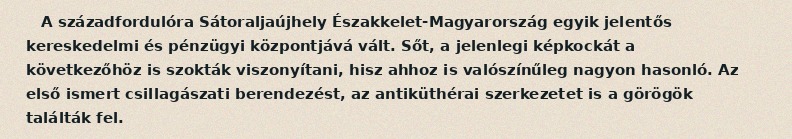
A századfordulóra Sátoraljaújhely Északkelet-Magyarország egyik jelentős kereskedelmi és pénzügyi központjává vált. Sőt, a jelenlegi képkockát a következőhöz is szokták viszonyítani, hisz ahhoz is valószínűleg nagyon hasonló. Az első ismert csillagászati berendezést, az antiküthérai szerkezetet is a görögök találták fel.